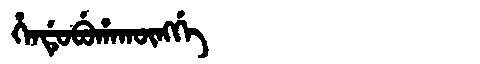
Manchu: ᡥᡝᠨᡩᡠᠪᡠᡥᠠᡴᡡᠩᡤᡝ
Romanization: HENDUBUHAKŪNGGE